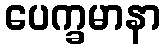
ပေက္ခမာနာ